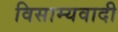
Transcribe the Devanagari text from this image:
विसाम्यवादी